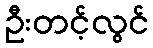
ဦးတင့်လွင်